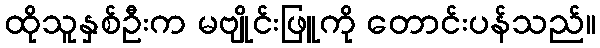
ထိုသူနှစ်ဦးက မဗျိုင်းဖြူကို တောင်းပန်သည်။